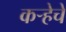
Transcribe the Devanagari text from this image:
कर्‍हेचे